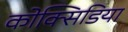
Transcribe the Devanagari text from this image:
कोक्सिडिया